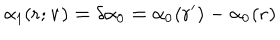
\alpha _ { 1 } ( \bf { r ; v } ) = \delta \alpha _ { 0 } = \alpha _ { 0 } ( { \bf r ^ { \prime } } ) - \alpha _ { 0 } ( { \bf r } )